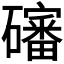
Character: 𱵁